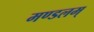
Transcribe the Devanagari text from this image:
मण्डलम्